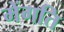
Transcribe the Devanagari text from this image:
मेंगति